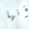
أنها